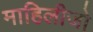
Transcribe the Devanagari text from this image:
माहिलीजो